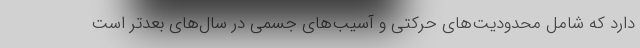
دارد که شامل محدودیت‌های حرکتی و آسیب‌های جسمی در سال‌های بعدتر است